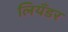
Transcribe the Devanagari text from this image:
लियँडर